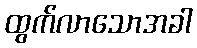
ထွက်လာသောအခါ